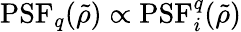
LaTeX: \mathrm{PSF}_{q}(\tilde{\rho})\propto\mathrm{PSF}_{i}^{q}(\tilde{\rho})